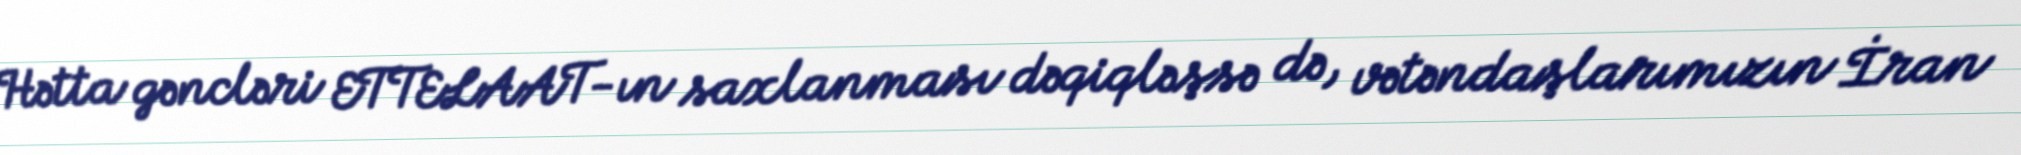
Hətta gəncləri ETTELAAT-ın saxlanması dəqiqləşsə də, vətəndaşlarımızın İran